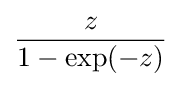
{\frac {z}{1-\exp(-z)}}